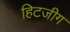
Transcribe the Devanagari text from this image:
हिटजीग